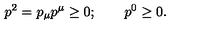
p ^ { 2 } = p _ { \mu } p ^ { \mu } \ge 0 ; \qquad p ^ { 0 } \ge 0 .